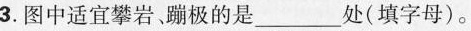
3.图中适宜攀岩。蹦极的是___处(填字母)。